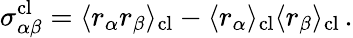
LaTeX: \sigma_{\alpha\beta}^{\mathrm{cl}}=\langle r_{\alpha}r_{\beta}\rangle_{\mathrm{cl}}-\langle r_{\alpha}\rangle_{\mathrm{cl}}\langle r_{\beta}\rangle_{\mathrm{cl}}\, .